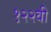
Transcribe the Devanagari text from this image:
१२२वी